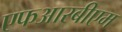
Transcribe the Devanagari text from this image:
एफआरबीएम